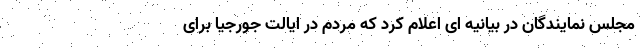
مجلس نمایندگان در بیانیه ای اعلام کرد که مردم در ایالت جورجیا برای